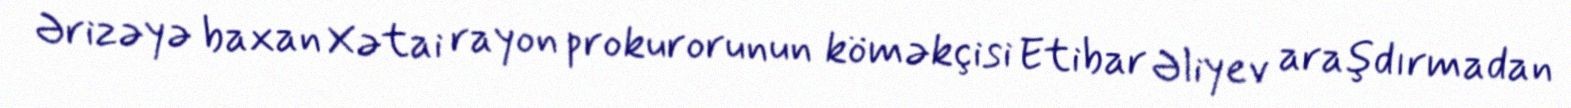
Ərizəyə baxan Xətai rayon prokurorunun köməkçisi Etibar Əliyev araşdırmadan